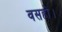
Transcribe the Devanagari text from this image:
वसहो।